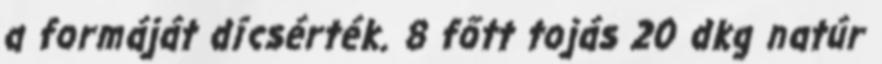
a formáját dícsérték. 8 főtt tojás 20 dkg natúr